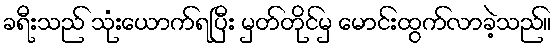
ခရီးသည် သုံးယောက်ရပြီး မှတ်တိုင်မှ မောင်းထွက်လာခဲ့သည်။